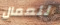
للعمال